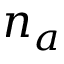
n _ { a }